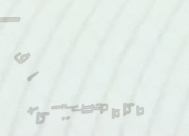
مطعم الأرز: أطباق أرز متن